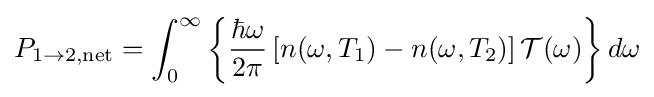
P_{\mathrm {1\rightarrow 2,net} }=\int _{0}^{\infty }\left\{{\frac {\hbar \omega }{2\pi }}\left[n(\omega ,T_{1})-n(\omega ,T_{2})\right]{\mathcal {T}}(\omega )\right\}d\omega